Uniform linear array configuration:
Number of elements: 32
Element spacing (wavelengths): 0.25
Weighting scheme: hann
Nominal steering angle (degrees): -30
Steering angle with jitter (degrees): -31.237
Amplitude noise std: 0.05
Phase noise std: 0.05

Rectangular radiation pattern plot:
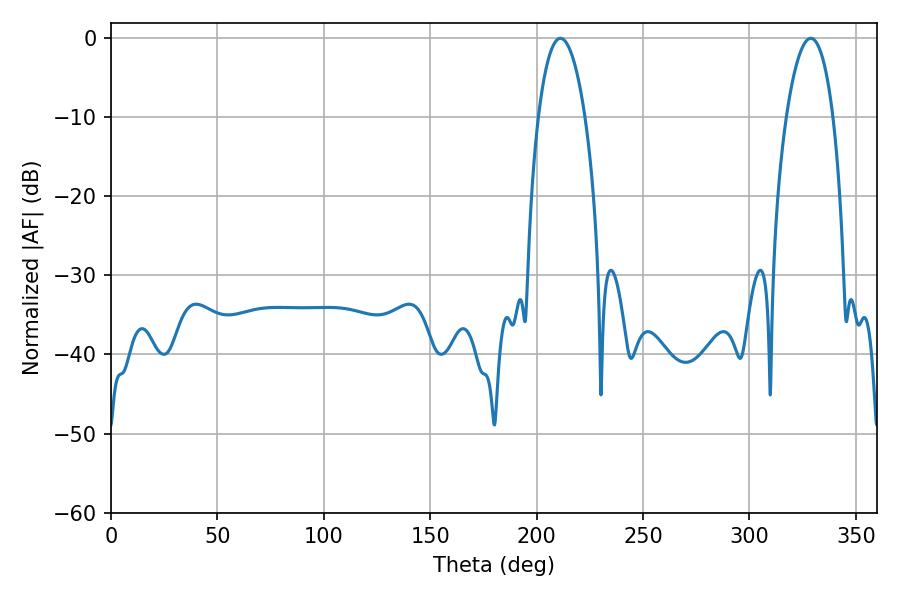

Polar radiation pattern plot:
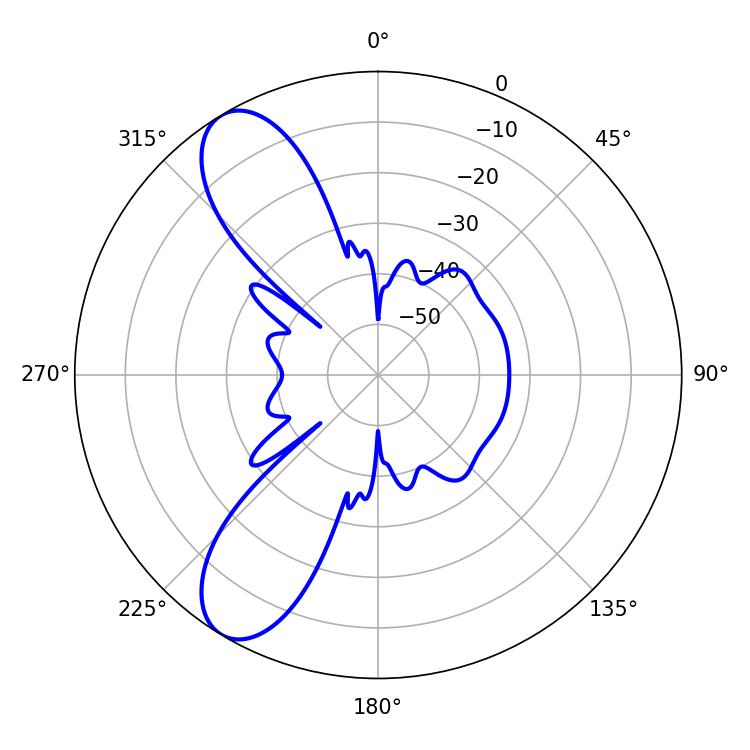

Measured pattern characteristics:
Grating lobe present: FALSE
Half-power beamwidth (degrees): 12.24
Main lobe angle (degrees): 211.14